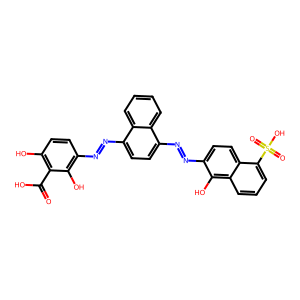
SMILES: O=C(O)c1c(O)ccc(N=Nc2ccc(N=Nc3ccc4c(S(=O)(=O)O)cccc4c3O)c3ccccc23)c1O
Inhibits HIV replication: No